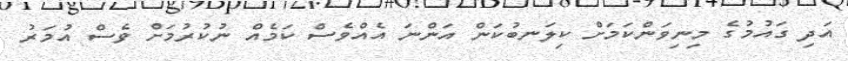
އަދި ގައުމުގެ މިނިވަންކަމަށް ކިލަނބުކަން އަންނަ އެއްވެސް ކަމެއް ނުކުރުމަށް ވެސް އުމަރު